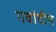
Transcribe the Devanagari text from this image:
गवांदीच